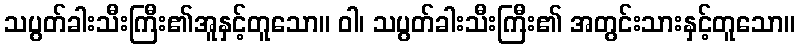
သပွတ်ခါးသီးကြီး၏အူနှင့်တူသော။ ဝါ၊ သပွတ်ခါးသီးကြီး၏ အတွင်းသားနှင့်တူသော။